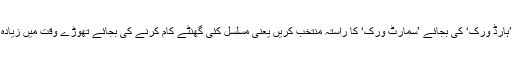
پس ’ہارڈ ورک‘ کی بجائے ’سمارٹ ورک‘ کا راستہ منتخب کریں یعنی مسلسل کئی گھنٹے کام کرنے کی بجائے تھوڑے وقت میں زیادہ کام۔